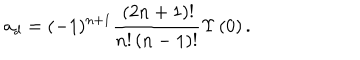
{ a _ { d } } = ( - 1 ) ^ { n + 1 } \frac { \, ( 2 n + 1 ) ! } { { n } ! \left( n - 1 \right) ! } \Upsilon \left( 0 \right) .